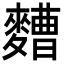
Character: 𮮁